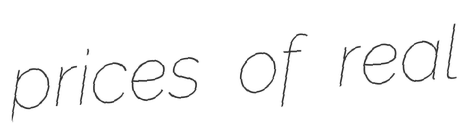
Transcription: prices of real